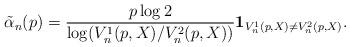
LaTeX: \begin{align*} \tilde{\alpha}_n(p) = \frac{p \log 2}{ \log (V_n^1(p, X) / V_n^2(p, X))} {\bf 1}_{V_n^1(p, X) \neq V_n^2(p, X)}. \end{align*}